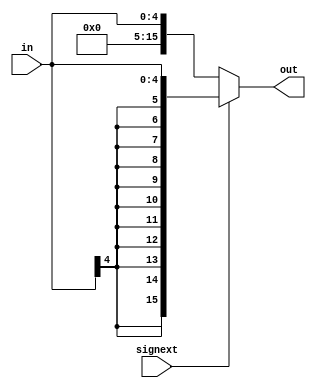
module ext5_16 (in, signext, out);
    input [4:0] in;
    input signext;
    output [15:0] out;
    assign out = signext ? {{11{in[4]}}, {in}} : {{11{1'b0}}, {in}};
endmodule